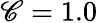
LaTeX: \mathscr{C}=1.0